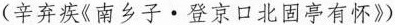
(辛弃疾《南乡子。登京口北固亭有怀》)